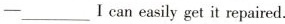
—___I can easily get it repaired.